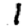
Digit: 1